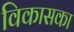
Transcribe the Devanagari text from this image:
विकासका